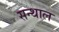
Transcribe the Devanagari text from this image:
सन्थाल